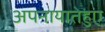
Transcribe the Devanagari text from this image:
अपनायातेहुए